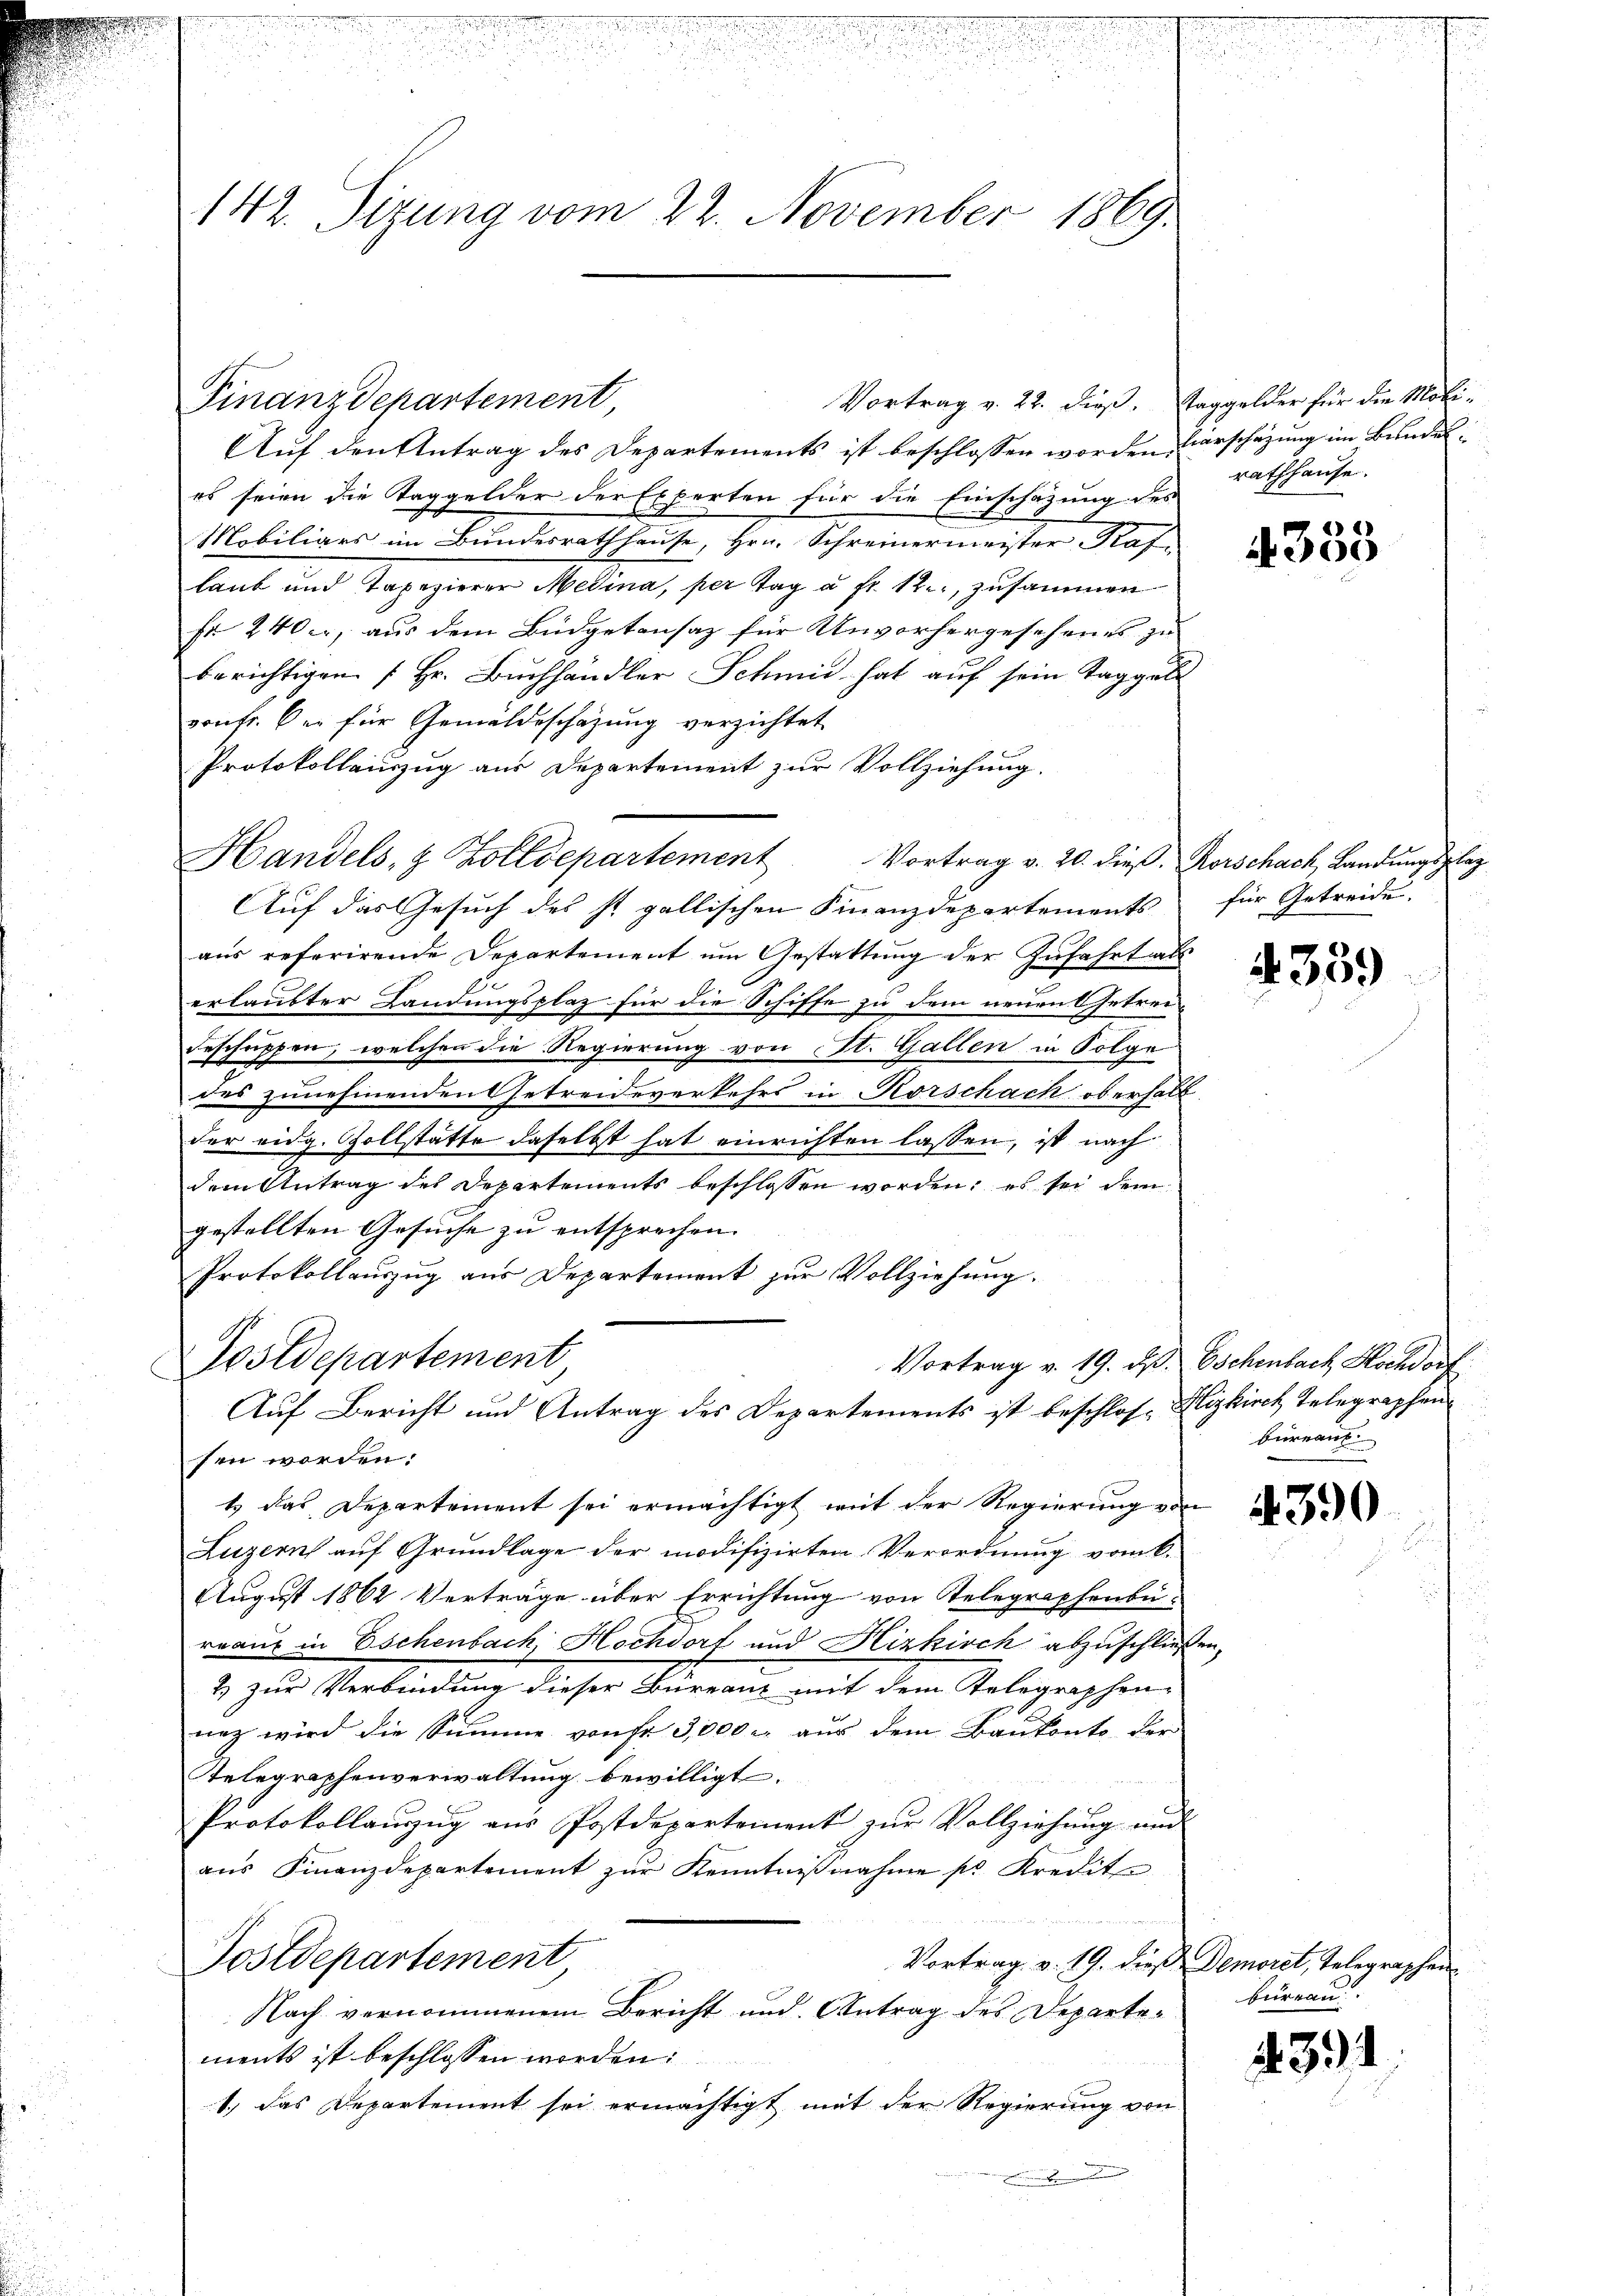
142. Sizung vom 22. November 1869.

Finanzdepartement,

Aŭf den Antrag des Departements ist beschlossen worden verschazung im Bundes:
es seien die Taggelder der Experten für die Einschazung des
Mobiliars im Bundesrathhause, Hrn. Schreinermeister Haf-
laub und Tapezierer Medina, per Tag u. fr. 12. zusammen
Fr. 240, aus dem Büdgetansaz für Unvorhergesehenes zu
berichtigen [Hr. Buchhändler Schmid hat auf sein Taggel
vonfr. Der für Gemäldeschazung verzichtet
Protokollenzug aus Departement zur Vollziehung.
Auf das Gesuch des st. gallischen Finanzdepartements für Getreide.
aŭs referirende Departement ŭm Gestattŭng der Zufahrt als
erlaubter Landungsplaz für die Schiffe zu dem neuen Getreibeschupfen, welchen die Regierung von St. Gallen in Folge
des zunehmenden Getreideverkehrs in Rorschach oberhalb
der eidg. Zollstätte daselbst hat einrichten lassen, ist nach
dem Antrag des Departements beschlossen worden; es sei dem
gestellten Gesuche zu entsprechen. |
Protokollauszug aus Departement zur Vollziehung.
Postdepartement
Vortrag v. 19. ds. Eschenbach Hochdorf
Auf Bericht und Antrag des Departements ist beschlos- Hlizkirch Telegraphen
sen worden.
t das Departement sei ermächtigt mit der Regierung von
Luzern auf Grundlage der modifizirten Verordnung vom k.
August 1862 Verträge über Errichtung von Telegraphenbu
reaus in Eschenbach, Hochdorf und Hizkisch abzuschließen,
2) zur Verbindung dieser Bureaus mit dem Telegraphen
naz wird die Summe von fr 3,000 r. aus dem Baukonto der
Telegraphenverwaltung bewilligt.
Protokollaŭszŭg aŭs Postdepartement zŭr Vollziehŭng und
aus Finanzdepartement zŭr Kenntnisnahme pr. Kredit

Postdepartement
Vortrag v. 19. dieß Demoret, Telegraphen
Nach vernommenem Bericht und Antrag des Departements ist beschlossen worden.
1.) Das Departement sei ermächtigt mit der Regierung von

Handels- & Zolldepartement

Vortrag v. 22. dieß. Taggelder für die Mobi-

rathhause.

4333

Vortrag v. 20. dieß. Rorschach Landungsplaz

4359

bureau

4390

bureau.

4391